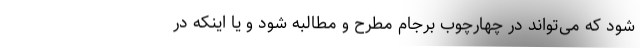
شود که می‌تواند در چهارچوب برجام مطرح و مطالبه شود و یا اینکه در